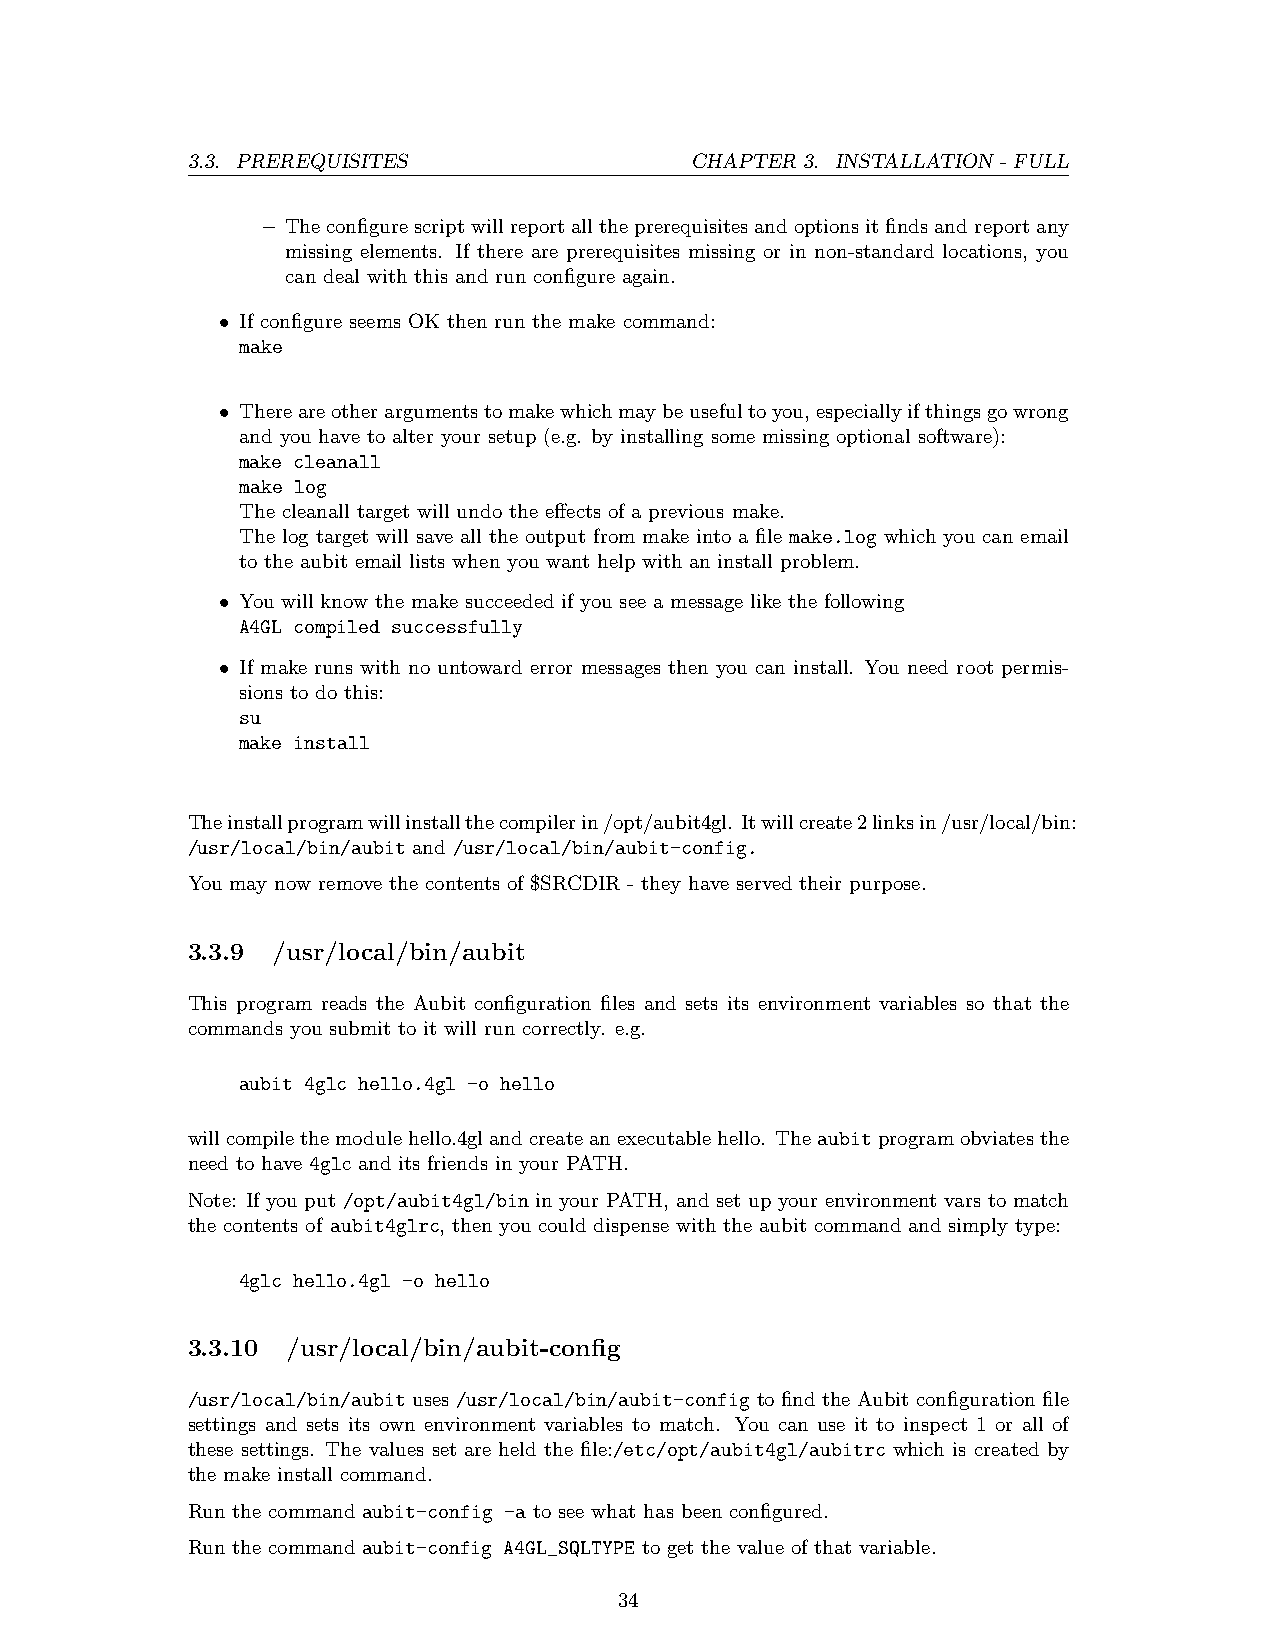
3.3. PREREQUISITES                CHAPTER 3. INSTALLATION - FULL
 – Theconfigurescriptwillreportalltheprerequisitesandoptionsitfindsandreportany
 missing elements. If there are prerequisites missing or in non-standard locations, you
 can deal with this and run configure again.
 • If configure seems OK then run the make command:
 make
 • Thereareotherargumentstomakewhichmaybeusefultoyou,especiallyifthingsgowrong
 and you have to alter your setup (e.g. by installing some missing optional software):
 make cleanall
 make log
 The cleanall target will undo the effects of a previous make.
 The log target will save all the output from make into a file make.log which you can email
 to the aubit email lists when you want help with an install problem.
 • You will know the make succeeded if you see a message like the following
 A4GL compiled successfully
 • If make runs with no untoward error messages then you can install. You need root permis-
 sions to do this:
 su
 make install
 Theinstallprogramwillinstallthecompilerin/opt/aubit4gl. Itwillcreate2linksin/usr/local/bin:
 /usr/local/bin/aubit and /usr/local/bin/aubit-config.
 You may now remove the contents of $SRCDIR - they have served their purpose.
 3.3.9 /usr/local/bin/aubit
 This program reads the Aubit configuration files and sets its environment variables so that the
 commands you submit to it will run correctly. e.g.
 aubit 4glc hello.4gl -o hello
 willcompilethemodulehello.4glandcreateanexecutablehello. Theaubitprogramobviatesthe
 need to have 4glc and its friends in your PATH.
 Note: If you put /opt/aubit4gl/bin in your PATH, and set up your environment vars to match
 the contents of aubit4glrc, then you could dispense with the aubit command and simply type:
 4glc hello.4gl -o hello
 3.3.10 /usr/local/bin/aubit-config
 /usr/local/bin/aubit uses /usr/local/bin/aubit-config to find the Aubit configuration file
 settings and sets its own environment variables to match. You can use it to inspect 1 or all of
 these settings. The values set are held the file:/etc/opt/aubit4gl/aubitrc which is created by
 the make install command.
 Run the command aubit-config -a to see what has been configured.
 Run the command aubit-config A4GL_SQLTYPE to get the value of that variable.
 34